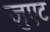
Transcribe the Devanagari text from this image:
जुएट